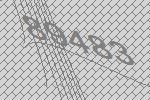
89483